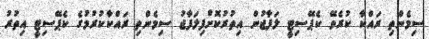
ސިމެންތި ރައްކާ ކުރެވޭ ކެޕޭސިޓީ ލަފާޖުން އިތުރުކޮށްފިލަފާޖު ސިމެންތި ރައްކާކުރުމުގެ ކެޕޭސިޓީ އިތުރު